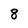
Character: 8